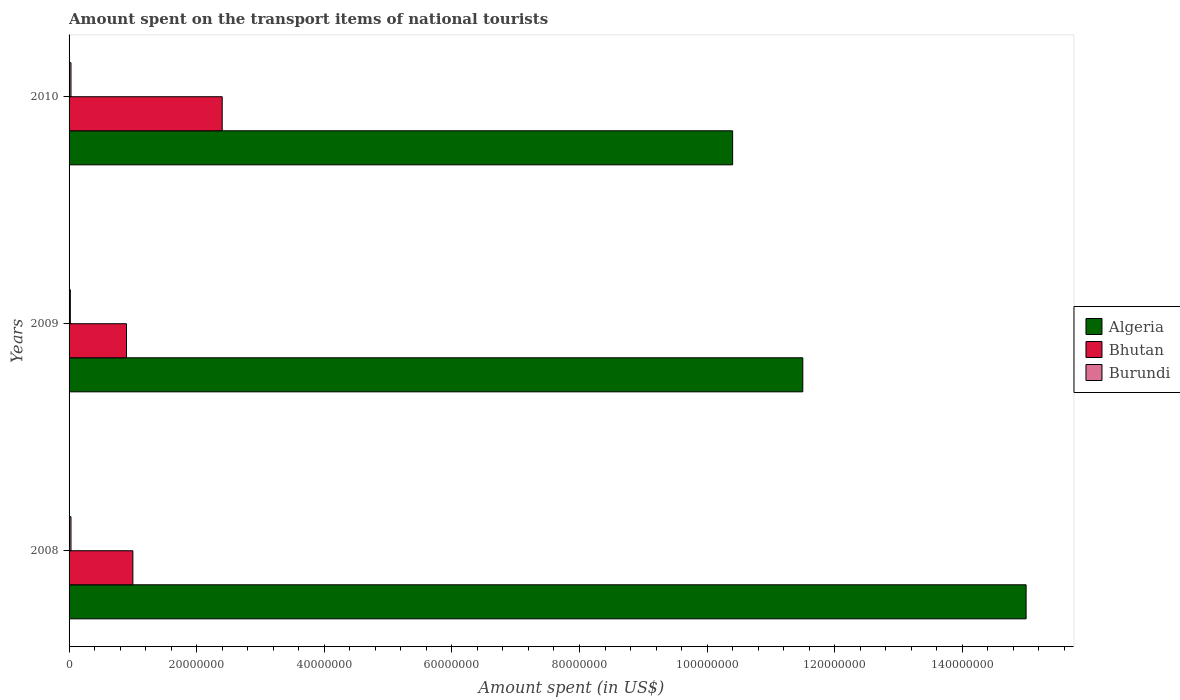
| Years | Algeria | Bhutan | Burundi |
 | --- | --- | --- | --- |
 | 2008 | 1.5e+08 | 1e+07 | 3e+05 |
 | 2009 | 1.15e+08 | 9e+06 | 2e+05 |
 | 2010 | 1.04e+08 | 2.4e+07 | 3e+05 |